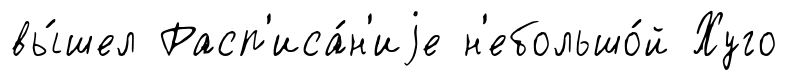
вы́шел Расп'иса́н'иjе н'ебольшо́й Хуго